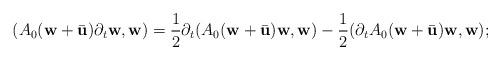
LaTeX: \begin{align*}( A_{0}(\textbf{w}+\bar{\textbf{u}})\partial_{t}{\textbf{w}}, {\textbf{w}} ) = \frac{1}{2} \partial_{t}(A_{0}(\textbf{w}+\bar{\textbf{u}}){\textbf{w}},{\textbf{w}} ) - \frac{1}{2} (\partial_{t}A_{0}(\textbf{w}+\bar{\textbf{u}}){\textbf{w}}, {\textbf{w}} );\end{align*}